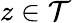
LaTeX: z\in\mathcal{T}